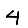
Digit: 4